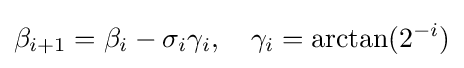
\beta _{i+1}=\beta _{i}-\sigma _{i}\gamma _{i},\quad \gamma _{i}=\arctan(2^{-i})